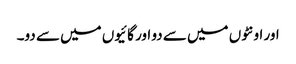
اور اونٹوں میں سے دو اور گائیوں میں سے دو۔